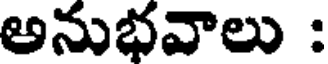
అనుభవాలు :